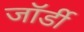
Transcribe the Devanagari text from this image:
जॉर्डी